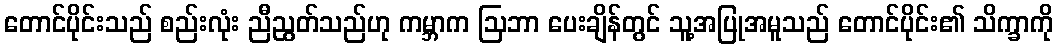
တောင်ပိုင်းသည် စည်းလုံး ညီညွတ်သည်ဟု ကမ္ဘာက ဩဘာ ပေးချိန်တွင် သူ့အပြုအမူသည် တောင်ပိုင်း၏ သိက္ခာကို